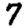
Digit: 7